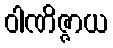
ဝါဏိဇ္ဇာယ